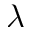
\lambda